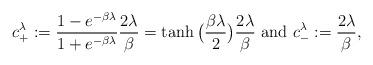
LaTeX: \begin{align*} c^\lambda_+ := \frac{1 - e^{-\beta \lambda}}{1 + e^{-\beta\lambda}} \frac{2\lambda}{\beta} = \tanh\big(\frac{\beta\lambda}{2}\big) \frac{2\lambda}{\beta} \mbox{ and }c^\lambda_- := \frac{2\lambda}{\beta}, \end{align*}